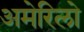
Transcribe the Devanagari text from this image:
अमेरिलो